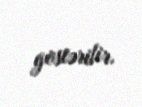
göstərilir.